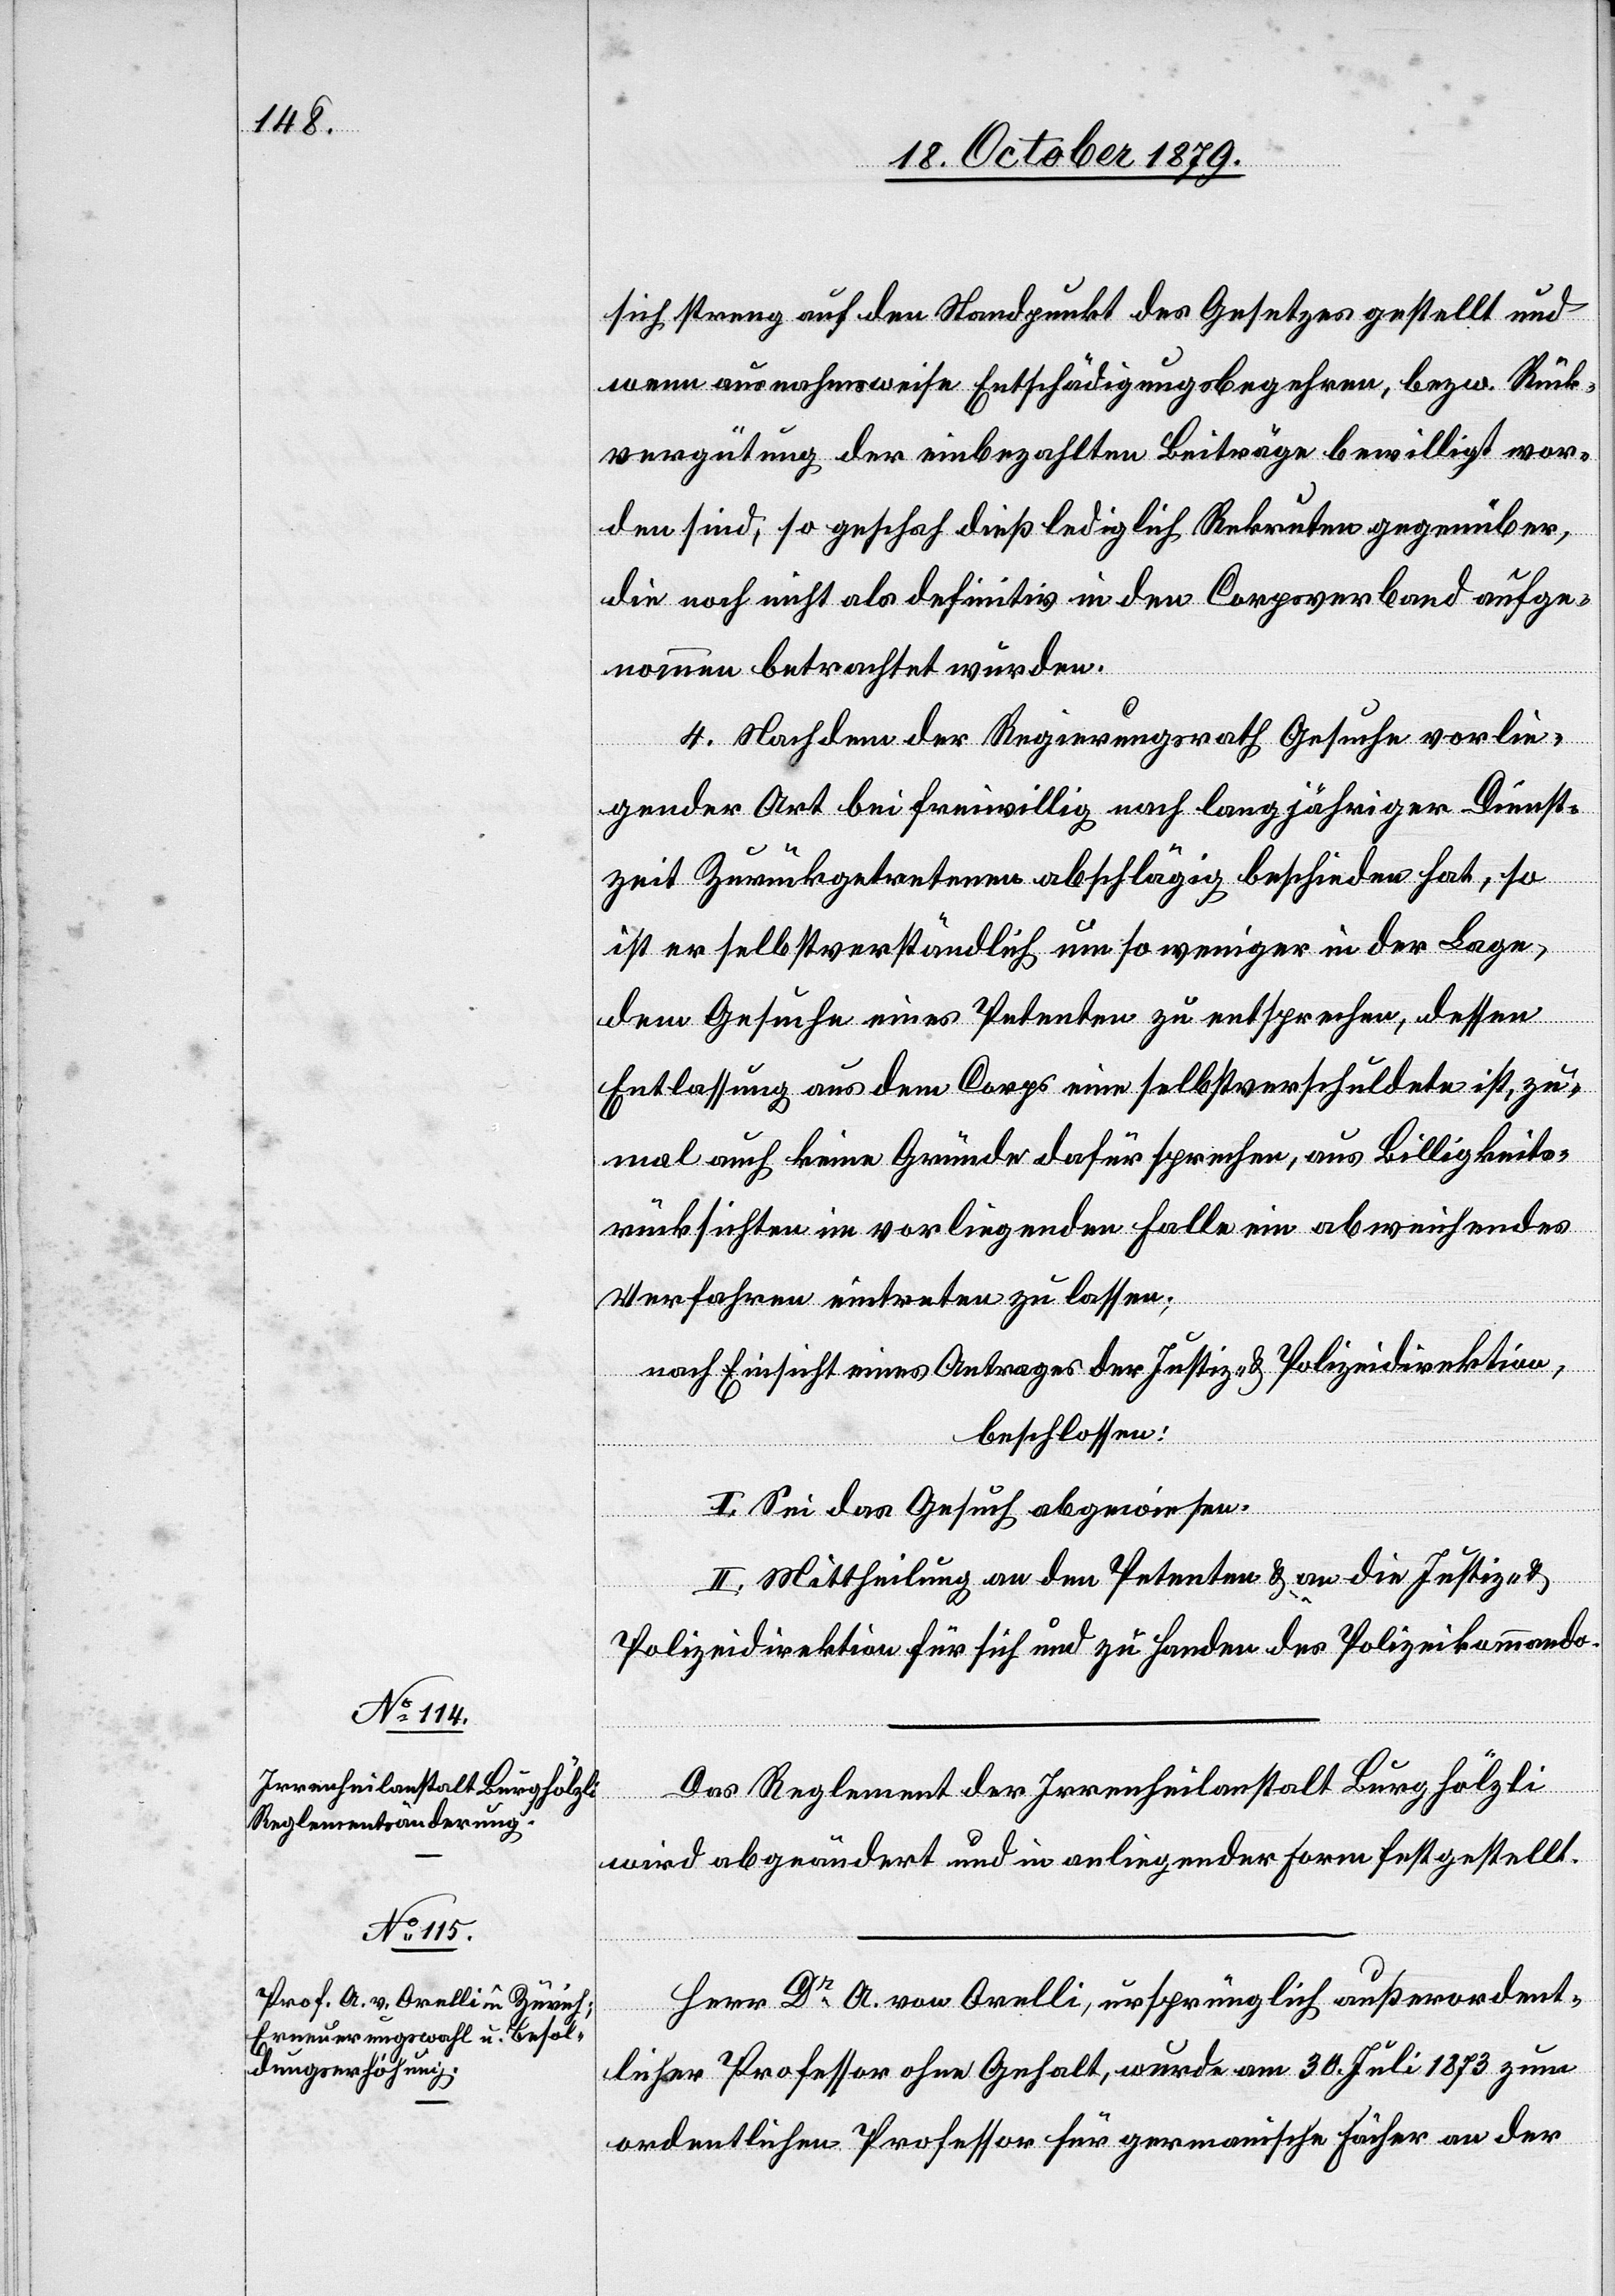
sich streng auf den Standpunkt des Gesetzes gestellt und
wenn ausnahmsweise Entschädigungsbegehren, bezw. Rück¬
vergütung der einbezahlten Beiträge bewilligt wor¬
den sind, so geschah dieß lediglich Rekruten gegenüber,
die noch nicht als definitiv in den Corpsverband aufge¬
nommen betrachtet würden.
4. Nachdem der Regierungsrath Gesuche vorlie¬
gender Art bei freiwillig nach langjähriger Dienst¬
zeit Zurückgetretenen abschlägig beschieden hat, so
ist er selbstverständlich um so weniger in der Lage,
dem Gesuche eines Petenten zu entsprechen, dessen
Entlassung aus dem Corps eine selbstverschuldete ist, zu¬
mal auch keine Gründe dafür sprechen, aus Billigkeits¬
rücksichten in vorliegenden Falle ein abweichendes
Verfahren eintreten zu lassen;
nach Einsicht eines Antrages der Justiz- & Polizeidirektion,
beschlossen:
I. Sei das Gesuch abgewiesen.
II. Mittheilung an den Petenten & an die Justiz- &
Polizeidirektion für sich und zu Handen des Polizeikommando.
Das Reglement der Irrenheilanstalt Burghölzli
wird abgeändert und in anliegender Form festgestellt.
Herr Dr A. von Orelli, ursprünglich außerordent¬
licher Professor ohne Gehalt, wurde am 30. Juli 1873 zum
ordentlichen Professor für germanische Fächer an der